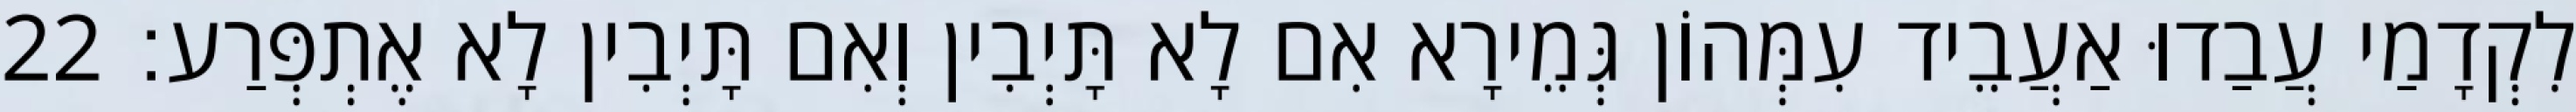
לִקְדָמַי עֲבַדוּ אַעֲבֵיד עִמְּהוֹן גְּמֵירָא אִם לָא תָּיְבִין וְאִם תָּיְבִין לָא אֶתְפְּרַע׃ 22